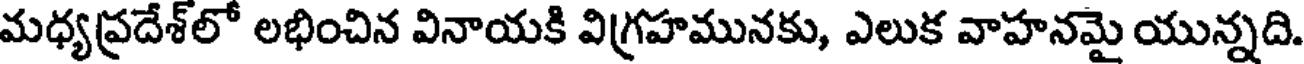
మధ్యప్రదేశ్లో లభించిన వినాయకి విగ్రహమునకు, ఎలుక వాహనమై యున్నది.